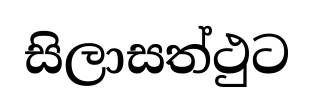
සිලාසත්ථුට